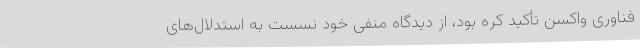
فناوری واکسن تأکید کره بود، از دیدگاه منفی خود نسست به استدلال‌های